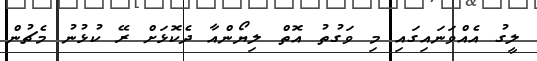
ލީގު އެއްވަނައިގައި މި ވަގުތު އޮތް ލިޔޯންއާ ދެކޮޅަށް ރޭ ކުޅުނު މެޗުން